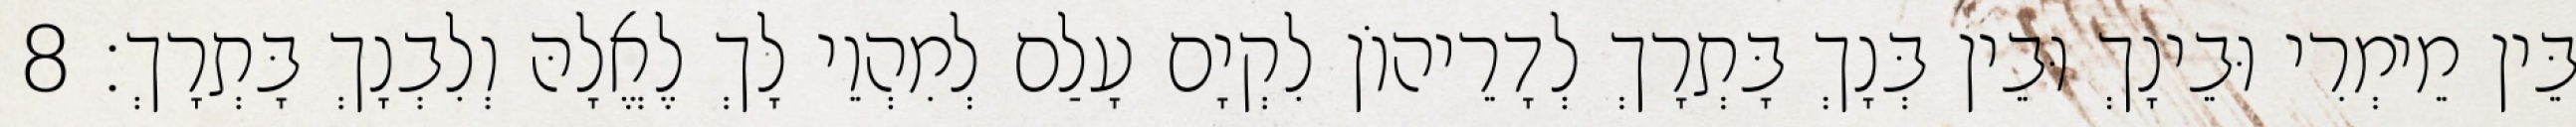
בֵּין מֵימְרִי וּבֵינָךְ וּבֵין בְּנָךְ בָּתְרָךְ לְדָרֵיהוֹן לִקְיָם עָלַם לְמִהְוֵי לָךְ לֶאֱלָהּ וְלִבְנָךְ בָּתְרָךְ׃ 8